Medical and sanitary report of the native army of Madras for the year
Year: 1878
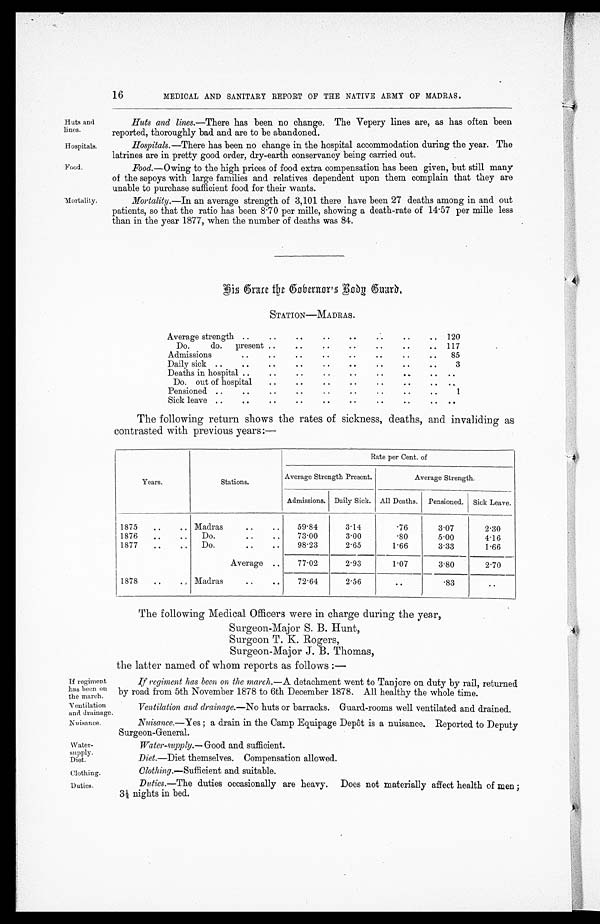
Huts and
lines.
Hospitals.
Food.
Ventilation
and drainage.
Nuisance.
Water-
supply.
Diet.
Clothing
16
MEDICAL AND SANITARY REPORT OF THE NATIVE ARMY OF MADRAS.
Mortality
Huts and lines. —There has been no change. The Vepery lines are, as has often been
reported, thoroughly bad and are to be abandoned.
Hospitals. —There has been no change in the hospital accommodation during the year. The
latrines are in pretty good order, dry-earth conservancy being carried out.
Food. —Owing to the high prices of food extra compensation has been given, but still many
of the sepoys with large families and relatives dependent upon them complain that they are
unable to purchase sufficient food for their wants.
Mortality. —In an average strength of 3,101 there have been deaths among in and out
patients, so that the ratio has been 8.70 per mille, showing a death-rate of 14.57 per mille less
than in the year 1877, when the number of deaths was 84.
Hid Grace the Governor's Body Guard.
STATION—MADRAS.
Average strength ..
. .
. .
. .
. .
. .
. .
. . 120
Do.
do. present . .
. .
. .
. .
. .
. .
. . 117
Admissions
..
. .
. .
. .
. .
. .
. .
. .
85
Daily sick ..
. .
. .
. .
. .
. .
. .
. .
3
Deaths in hospital ..
. .
. .
. .
. .
. .
. .
. .
. .
Do. out of hospital
. .
. .
. .
. .
. .
. .
. . . .
Pensioned. ..
..
. .
. .
. .
. .
. .
. .
. .
1
Sick leave ..
. .
. .
. .
. .
. .
. .
. .
. .
The following return shows the rates of sickness, deaths, and invaliding as
contrasted with previous years:—
Years.
Stations.
Rate per Cent. of
Average Strength Present.
Average Strength.
Admissions. Daily Sick. All Deaths. Pensioned. Sick Leave.
1875
..
.. Madras .. ..
59.84
3.14
.76
3.07
2.30
1876
..
..
Do.
..
..
73.00
3.00
.80
5.00
4.16
1877
..
..
Do.
.. ..
98.23
2.65
1.66
3.33
1.66
Average ..
77.02
2.93
1.07
3.80
2.70
1878
..
.. Madras
..
..
72.64
2.56
..
.83
..
The following Medical Officers were in charge during the year,
Surgeon-Major S. B. Hunt,
Surgeon T. K. Rogers,
Surgeon-Major J. B. Thomas,
the latter named of whom reports as follows :—
If regiment
has been 0n
the march.
If regiment has been on the march.— A detachment went to Tanjore on duty by rail, returned
by road from 5th November 1878 to 6th December 1878. All healthy the whole time.
Ventilation and drainage.— No huts or barracks. Guard-rooms well ventilated and drained.
Nuisance.—Yes; a drain in the Camp Equipage Depôt is a nuisance. Reported to Deputy
Surgeon-General.
Water-supply.
—
Good and sufficient.
Diet.—Diet themselves. Uompensation allowed.
Clothing.—Sufficient and suitable.
Duties.
Duties.—The duties occasionally are heavy. Does not materially affect health of men ;
3A- nights in bed.